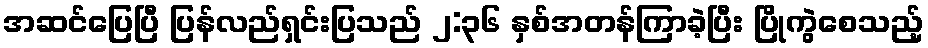
အဆင်ပြေပြီ ပြန်လည်ရှင်းပြသည် ၂:၃၆ နှစ်အတန်ကြာခဲ့ပြီး ပြိုကွဲစေသည့်